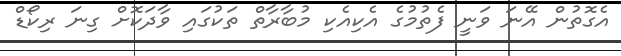
އެގޮތުން އޭނަ ވަނީ ފެތުމުގެ އެކިއެކި މުބާރާތް ތަކުގައި ވާދަކޮށް ގިނަ ރިކޯޑް